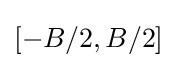
[-B/2,B/2]